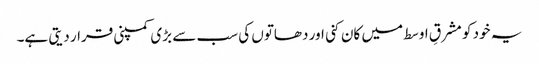
یہ خود کو مشرقِ اوسط میں کان کنی اور دھاتوں کی سب سے بڑی کمپنی قرار دیتی ہے۔